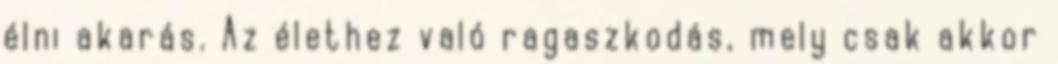
élni akarás. Az élethez való ragaszkodás, mely csak akkor